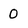
Character: O